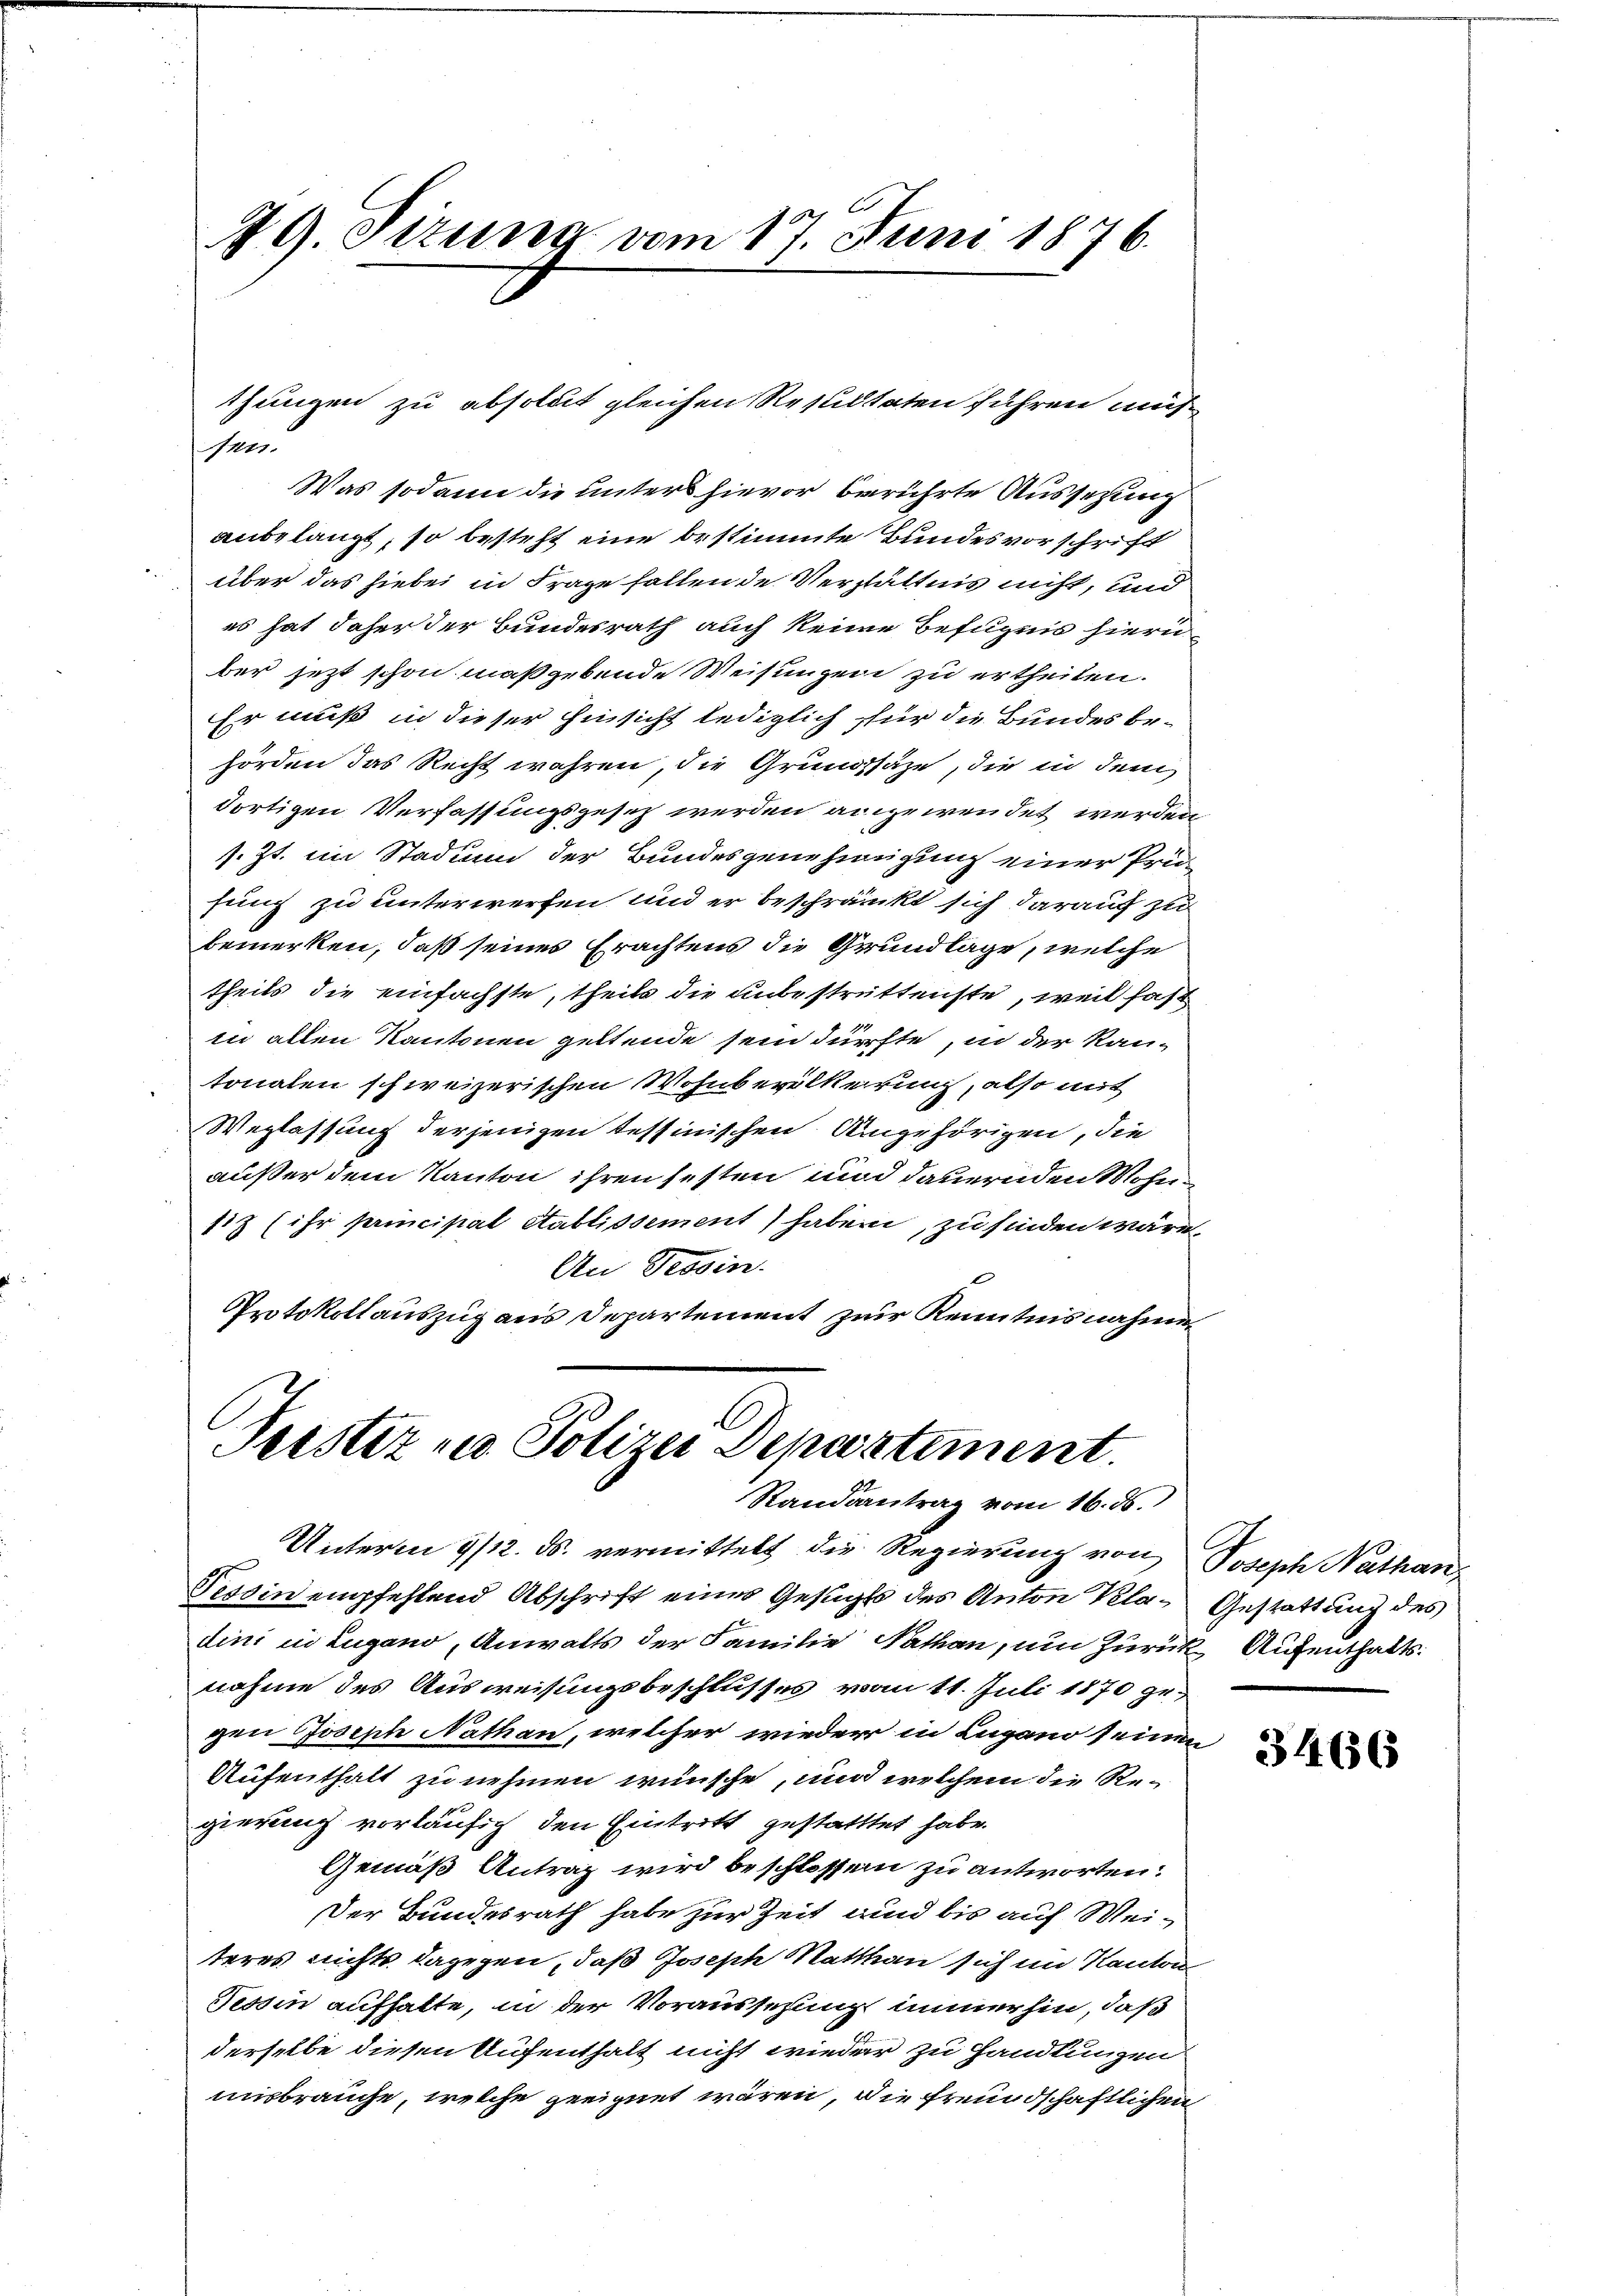
Was sodann die unters hievor berührte Aussetzung
anbelangt, so besteht eine bestimmte Bundesvorschrift
über das hiebei in Frage fallende Verhältnis nicht, und
es hat daher der Bundesrath auch keine Befugnis hieru
ber jetzt schon maßgebende Weisungen zu ertheilen.
Er muß in dieser Hinsicht lediglich für die Bundes behörden das Recht wahren, die Grundssäze, die in dem
dortigen Verfassungsgesetz werden angewendet werden,
s. Zt. im Stadin der Bundesgenehmigung einer Prüfung zu unterwerfen und er beschränkt sich darauf zu
bemerken, daß seines Erachtens die Grundlage, welche
theils die einfachste, theils die unbestrittenste, weil fast
in allen Kantonen geltende sein dürfte, in der Kan-
tonalen schweizerischen Wohnbevölkerung, also mit
Weglassung derjenigen tessinischen Angehörigen, die
außer dem Kanton ihren festen und dauernden Wohnsiz (ihr principal établissement) haben, zu finden wäre,
An Tessin.
Protokollauszug aus Departement zur Kenntnisnahmen

49. Sizung vom 17. Juni 1876.

thungen zu absolut gleichen Resultaten führen müs
fen.

Terstiz und Polizei Departement.
Randsantrag vom 16. ds.

Unterm 9/12. ds. vermittelt die Regierung von Joseph Nathan,
Tessin empfehlend Abschrift eines Gesuchts des Anton Kla- Gestattung des
dini in Lugano, Anwalts der Familie Nathan, um Zurück Aufenthalts:
nahme des Ausweisungsbeschlusses vom 11. Juli 1870 gegen Joseph Nathan, welcher wieder in Lugano seinen
Aufenthalt zu nehmen wünsche, und welchem die Re-
gierung vorläufig den Eintritt gestatttet habe.
Gemäß Antrag wird beschlossen zu antworten:
Der Bundesrath habe zur Zeit und bis auf Weiteres nichts dagegen, daß Joseph Matthan sich im Kanton
Tessin aufhalte, in der Voraussezung immerhin, daß
derselbe diesen Aufenthalt nicht wieder zu Handlungen
misbrauche, welche geeignet wären, die freundschaftlichen

3466